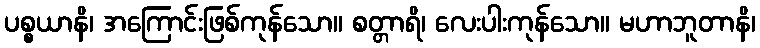
ပစ္စယာနိ၊ အကြောင်းဖြစ်ကုန်သော။ စတ္တာရိ၊ လေးပါးကုန်သော။ မဟာဘူတာနိ၊